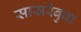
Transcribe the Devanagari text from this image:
सासरेबुवा